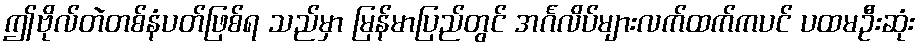
ဤဗိုလ်တဲတစ်နံပတ်ဖြစ်ရ သည်မှာ မြန်မာပြည်တွင် အင်္ဂလိပ်များလက်ထက်ကပင် ပထမဦးဆုံး